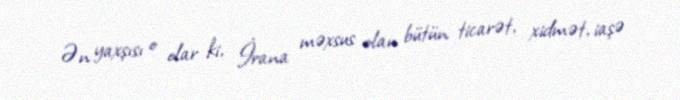
Ən yaxşısı o olar ki, İrana məxsus olan bütün ticarət, xidmət, iaşə